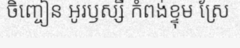
ចិញ្ចៀន អូរឫស្សី កំពង់ខ្ទុម ស្រែ